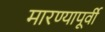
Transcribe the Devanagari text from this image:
मारण्यापूर्वी